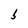
Character: b